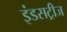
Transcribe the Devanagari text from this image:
इंडसट्रीज